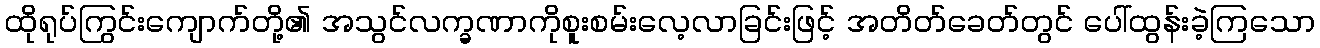
ထိုရုပ်ကြွင်းကျောက်တို့၏ အသွင်လက္ခဏာကိုစူးစမ်းလေ့လာခြင်းဖြင့် အတိတ်ခေတ်တွင် ပေါ်ထွန်းခဲ့ကြသော